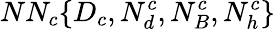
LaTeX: NN_{c}\{ D_{c},N_{d}^{c},N_{B}^{c},N_{h}^{c}\}